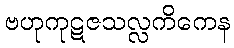
ဗဟုကုဋဇသလ္လကိကေန